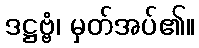
ဒဋ္ဌဗ္ဗံ၊ မှတ်အပ်၏။